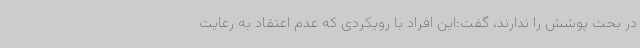
در بحث پوشش را ندارند، گفت:این افراد با رویکردی که عدم اعتقاد به رعایت